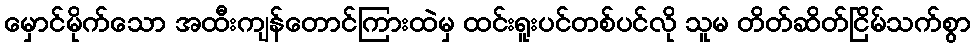
မှောင်မိုက်သော အထီးကျန်တောင်ကြားထဲမှ ထင်းရူးပင်တစ်ပင်လို သူမ တိတ်ဆိတ်ငြိမ်သက်စွာ